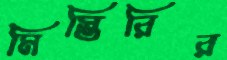
মিস্তিরির